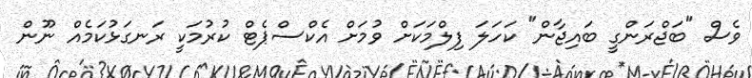
ވެސް "ބަޖްރަންގީ ބައިޖާން" ކަހަލަ ފިލްމަކަށް ވުމަށް އެކްސްޕެޓް ކުރުމަކީ ރަނގަޅުކަމެއް ނޫން